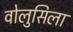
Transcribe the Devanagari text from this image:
वोलुसिला